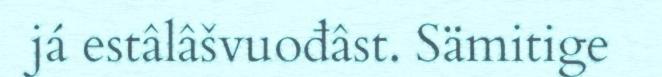
já estâlâšvuođâst. Sämitige